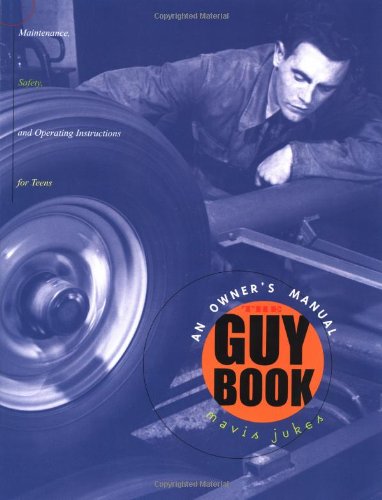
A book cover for The Guy Book: An Owner's Manual (Maintenance, Safety, and Operating Instructions for Teens); Mavis Jukes; Teen & Young Adult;